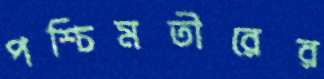
পশ্চিমতীরের